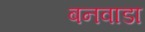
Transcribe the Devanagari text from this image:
बनवाडा